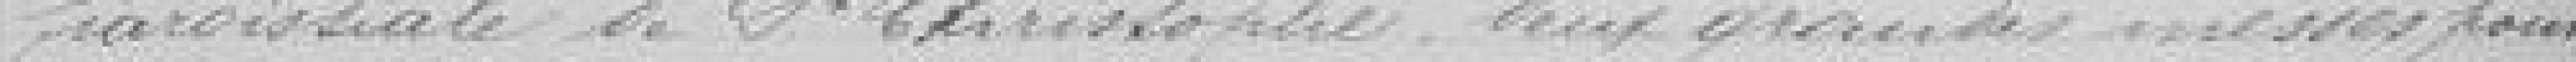
paroissiale de Saint Christophe, deux grandes messes pour